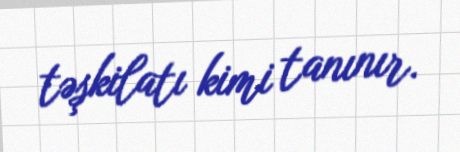
təşkilatı kimi tanınır.